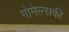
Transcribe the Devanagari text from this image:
गोमेल्सकी